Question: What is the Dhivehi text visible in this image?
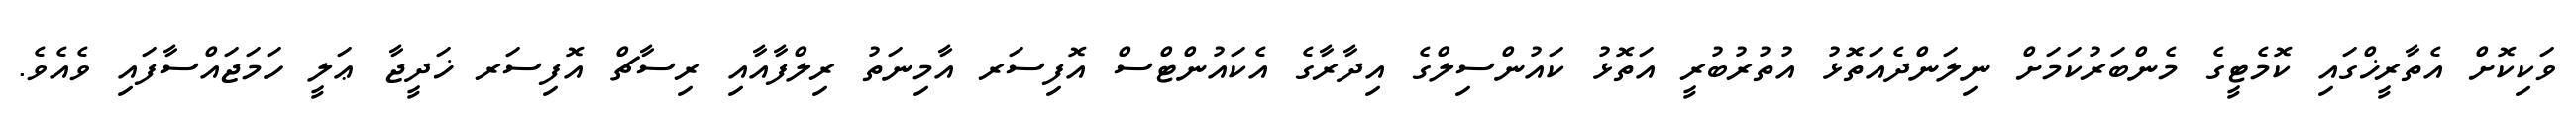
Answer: ވަކިކޮށް އެތާރީޚްގައި ކޮމެޓީގެ މެންބަރުކަމަށް ނިލަންދެއަތޮޅު އުތުރުބުރީ އަތޮޅު ކައުންސިލްގެ އިދާރާގެ އެކައުންޓްސް އޮފިސަރ އާމިނަތު ރިލްފާއާއި ރިސާޗް އޮފިސަރ ޚަދީޖާ ޢަލީ ހަމަޖައްސާފައި ވެއެވެ.